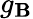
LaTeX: g_{\mathbf{B}}